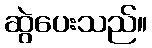
ဆွဲပေးသည်။